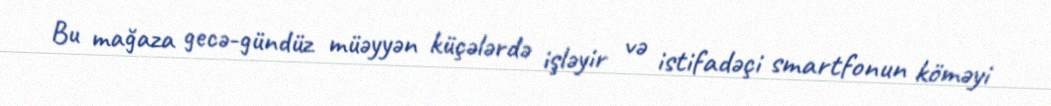
Bu mağaza gecə-gündüz müəyyən küçələrdə işləyir və istifadəçi smartfonun köməyi